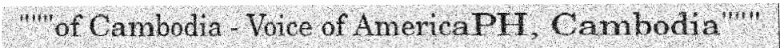
"""of Cambodia - Voice of AmericaPH, Cambodia"""